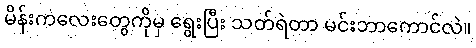
မိန်းကလေးတွေကိုမှ ရွေးပြီး သတ်ရဲတာ မင်းဘာကောင်လဲ။